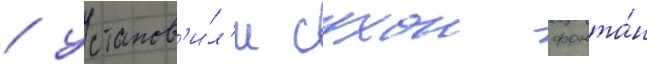
/ установ'и́л'и сухои фонта́н